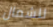
للشمال